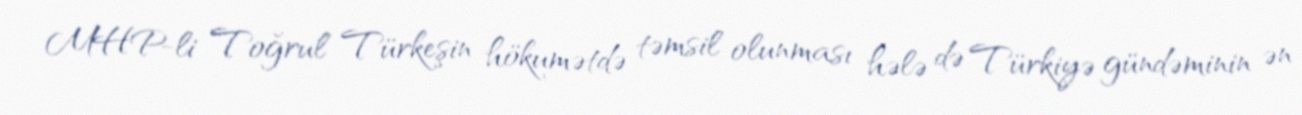
MHP-li Toğrul Türkeşin hökumətdə təmsil olunması hələ də Türkiyə gündəminin ən